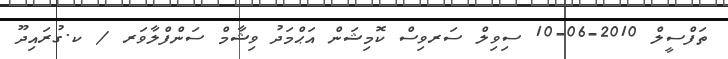
ތަފްސީލް 2010-06-10 ސިވިލް ސަރވިސް ކޮމިޝަން އަޙްމަދު ވިޝާމް ސަންފްލާވަރ / ކ.ގުރައިދޫ